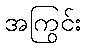
အကြွင်း